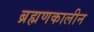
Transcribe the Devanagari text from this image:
ब्रह्मणकालीन